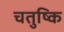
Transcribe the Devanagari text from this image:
चतुष्कि